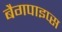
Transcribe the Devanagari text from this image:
बैगपाइप्स